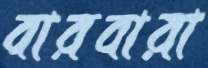
বারবারা